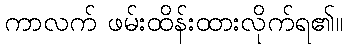
ကာလက် ဖမ်းထိန်းထားလိုက်ရ၏။